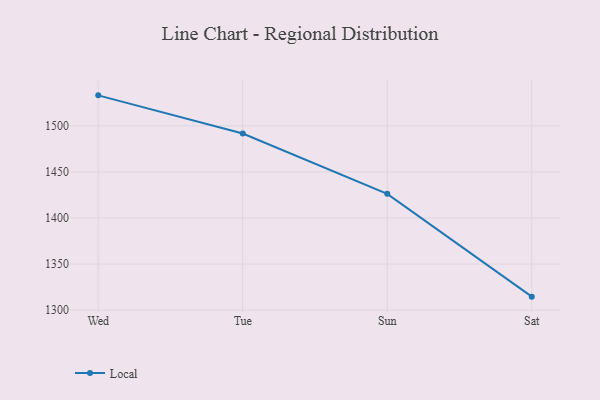
{"axis": {"x": "Day", "y": "Page Views"}, "legend": ["Local"], "data": [{"x": "Wed", "y": 1533.1, "type": "Local"}, {"x": "Tue", "y": 1491.7, "type": "Local"}, {"x": "Sun", "y": 1426.2, "type": "Local"}, {"x": "Sat", "y": 1314.6, "type": "Local"}]}